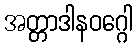
အတ္တာဒါနဝဂ္ဂေါ